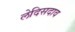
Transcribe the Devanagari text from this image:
लेदिसदाव